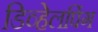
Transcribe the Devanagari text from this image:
डिव्हेलपिंग